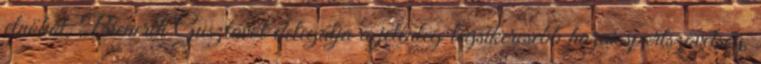
elnököt, Bienerth Gusztávot delegálja a jelenleg legsikeresebb hazai sportszövetség,